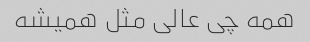
همه چی عالی مثل همیشه